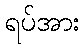
ရပ်အား